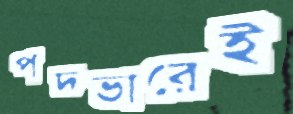
পদভারেই